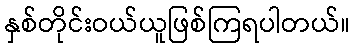
နှစ်တိုင်းဝယ်ယူဖြစ်ကြရပါတယ်။